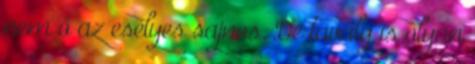
nem ő az esélyes sajnos. De tavaly is olyan